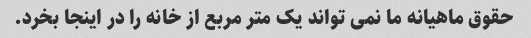
حقوق ماهیانه ما نمی تواند یک متر مربع از خانه را در اینجا بخرد.